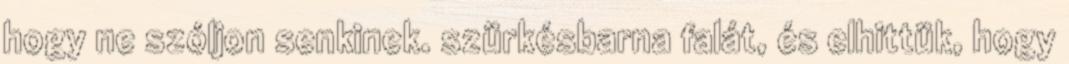
hogy ne szóljon senkinek. szürkésbarna falát, és elhittük, hogy